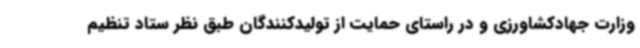
وزارت جهادکشاورزی و در راستای حمایت از تولیدکنندگان طبق نظر ستاد تنظیم